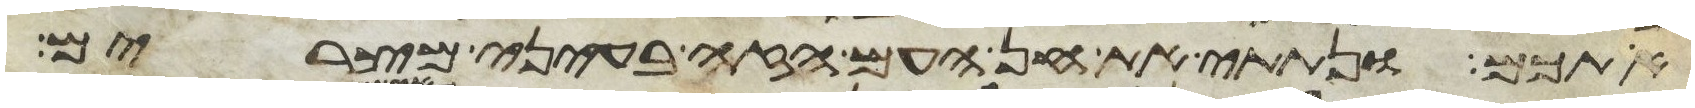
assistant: אתכם ונתתי את חן העם הזה בעיני מצרים